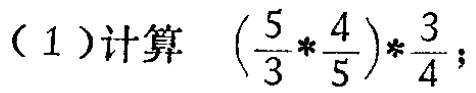
(1)计算 \((\frac{5}{3}*\frac{4}{5})*\frac{3}{4}\)；